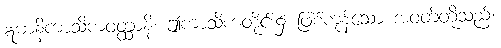
ဣမာနိကာသိကဝတ္ထာနိ၊ ဤကာသိကတိုင်း၌ ဖြစ်ကုန်သော အဝတ်တို့သည်။